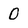
Character: o